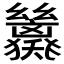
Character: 𢇖